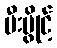
မီးပွိုင့်